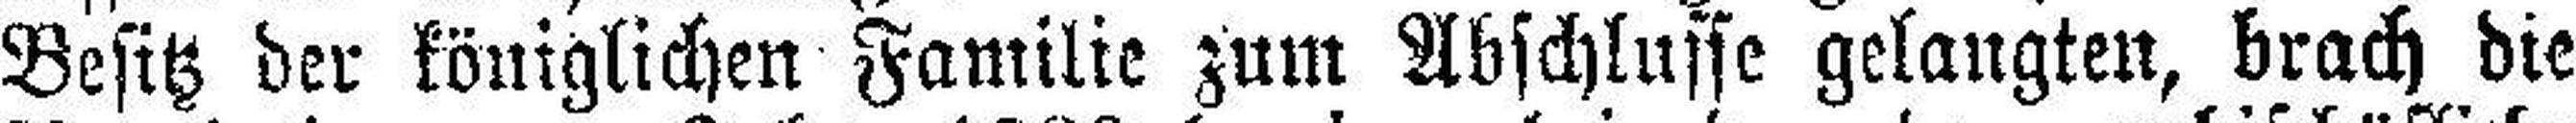
Besitz der königlichen Familie zum Abschlusse gelangten, brach die